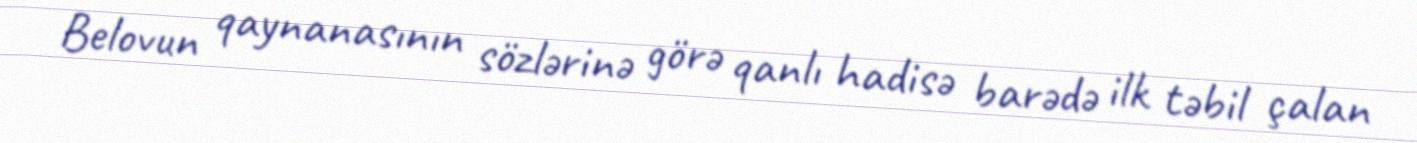
Belovun qaynanasının sözlərinə görə qanlı hadisə barədə ilk təbil çalan